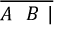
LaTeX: \overline { { A \ \ B \ | } }